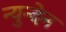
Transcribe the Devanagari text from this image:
न्युन्देन